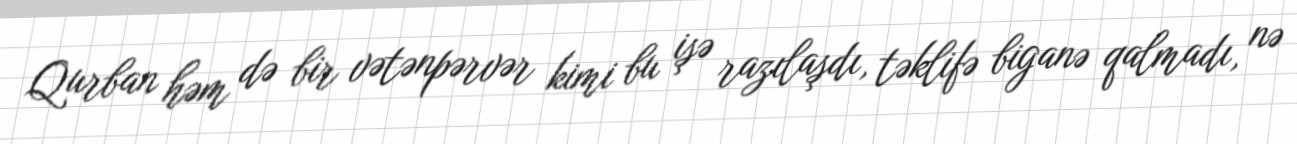
Qurban həm də bir vətənpərvər kimi bu işə razılaşdı, təklifə biganə qalmadı, nə